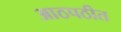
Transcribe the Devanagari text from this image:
आठपठीत